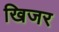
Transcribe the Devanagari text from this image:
खिजर